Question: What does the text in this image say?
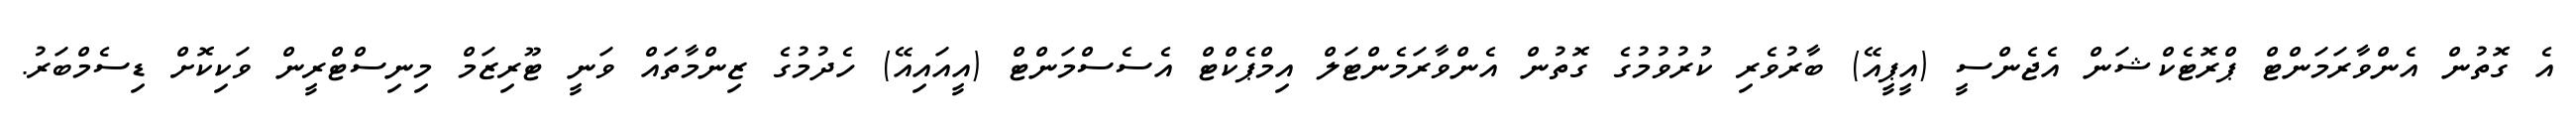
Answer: އެ ގޮތުން އެންވާރަމަންޓް ޕްރޮޓެކްޝަން އެޖެންސީ (އީޕީއޭ) ބާރުވެރި ކުރުވުމުގެ ގޮތުން އެންވާރަމެންޓަލް އިމްޕެކްޓް އެސެސްމަންޓް (އީއައިއޭ) ހެދުމުގެ ޒިންމާތައް ވަނީ ޓޫރިޒަމް މިނިސްޓްރީން ވަކިކޮށް ޑިސެމްބަރު.